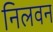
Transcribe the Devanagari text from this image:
निलवन